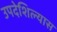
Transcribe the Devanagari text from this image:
उपदेशिल्यास